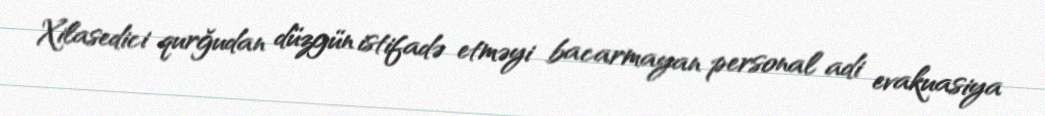
Xilasedici qurğudan düzgün istifadə etməyi bacarmayan personal adi evakuasiya